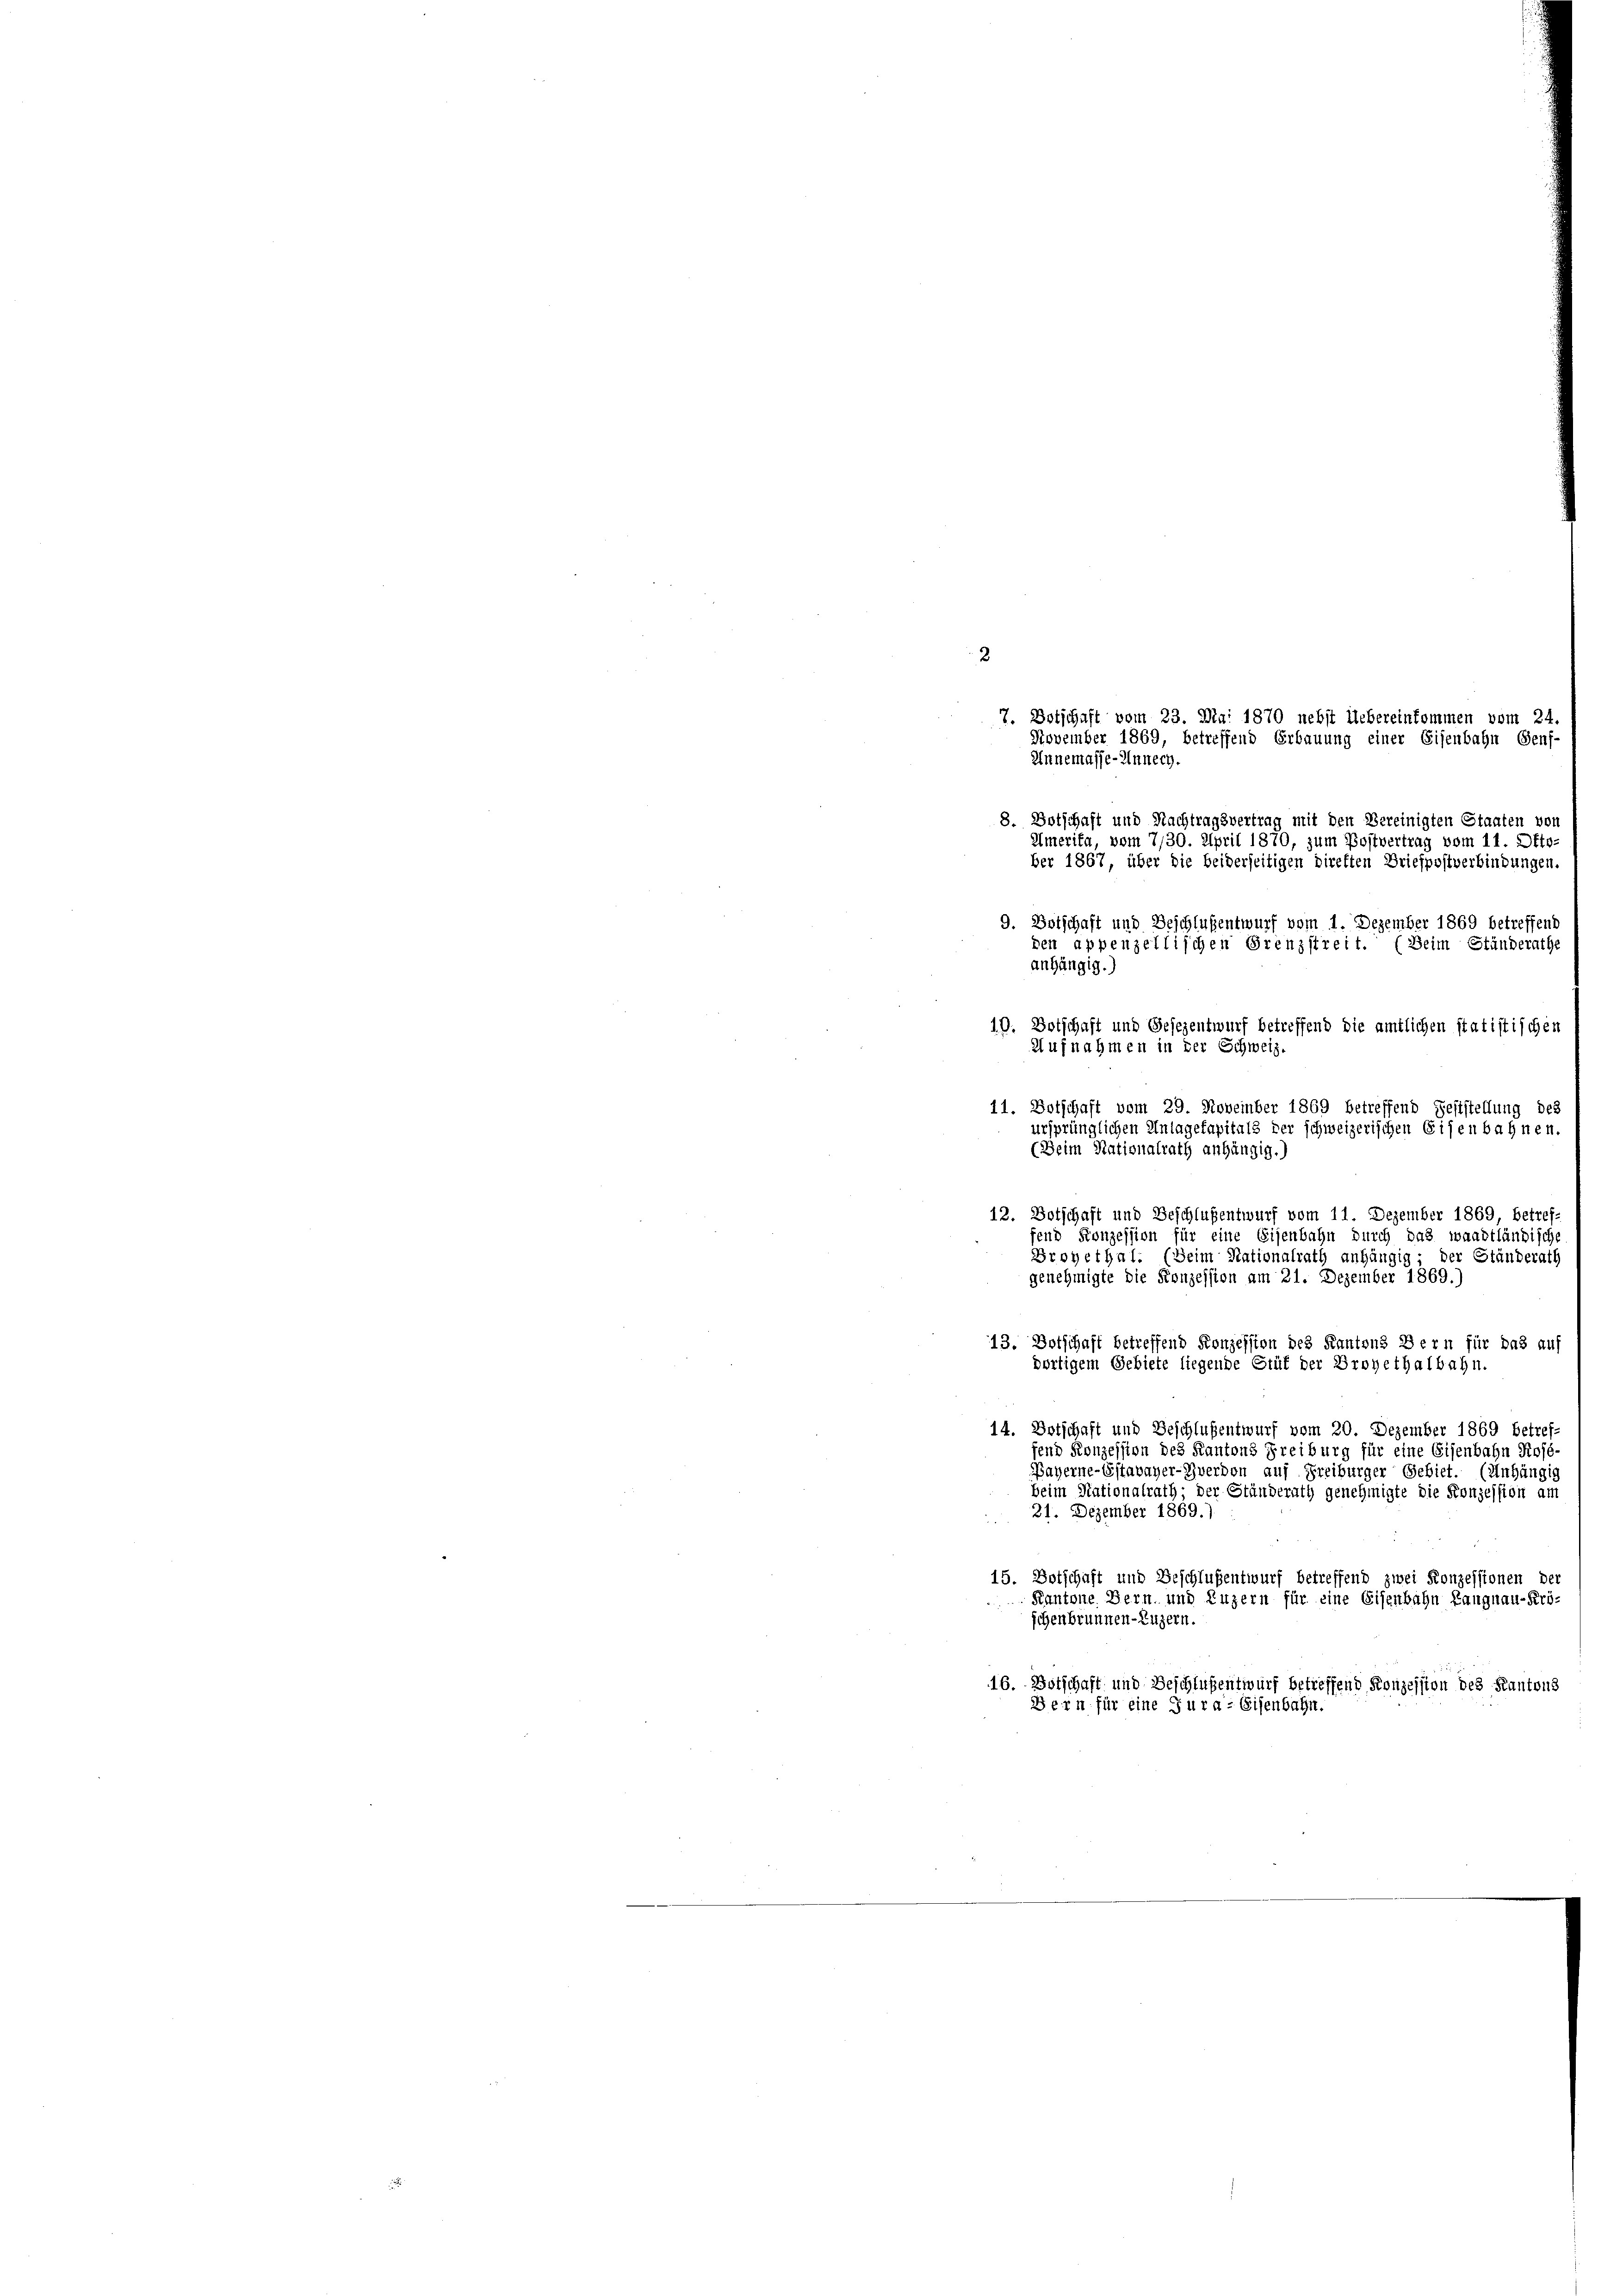
11. Botschaft vom 29. November 1869 betreffend Feststellung des
ursprünglichen Antagekapitals der schweizerischen Eisenbahnen.
(Beim Rationalrath anhängig.)
12. Botschaft und Beschlußentwurf vom 11. Dezember 1869 betref-
fend Konzession für eine Eisenbahn durch das waadtländisch
Groyethal. (Seim Nationalrath anhängig; der Ständerath
genehmigte die Konzession am 21. Dezember 1869.)
13. Dotschaft betreffend Konzession des Kantons Bern für das auf
dortigem Gebiete liegende Stüt der Broyethalbahn.
14. Botschaft und Beschlußentwurf vom 20. Dezember 1869 betref-
fend Konzession des Kantons Freiburg für eine Eisenbahn Rosé-
Bayerne-Estavayer-Zverdon auf Freiburger Gebiet. (Anhängig
beim Nationalrath; der Ständerath genehmigte die Konzession am
21. Dezember 1869.)
15. Botschaft und Beschlußentwurf betreffend zwei Konzessionen der
Kantone. Bern und Luzern für eine Eisenbahn Langnau-Kröschenbrunnen- Luzern.
16. Botschaft und Beschlußentwurf betreffend Konzession des Kantons
Bern für eine Jura. Eisenbahn.

2
Annemasse-Unnech.
8. Botschaft und Nachtragsvertrag mit den Bereinigten Staaten von
Amerita, vom 7/30. April 1870, zum Postvertrag vom 11. Okto¬

ber 1867, über die beiderseitigen direkten Briefpostverbindungen.
9. Botschaft und Beschlußentwurf vom 1. Dezember 1869 betreffend
den appenzellischen Grenzstreit. (Beim Ständerathe
anhängig.)
10. Botschaft und Gesezentwurf betreffend die amtlichen statistischen
Aufnahmen in der Schweiz.

7. Botschaft vom 23. Mai 1870 nebst Uebereinkommen vom 24
November 1869, betreffend Erbauung einer Eisenbahn Genf-